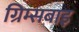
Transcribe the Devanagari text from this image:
ग्रिम्सबाइ